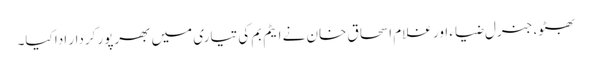
بھٹو، جنرل ضیاء اور غلام اسحاق خان نے ایٹم بم کی تیاری میں بھرپور کردار ادا کیا۔